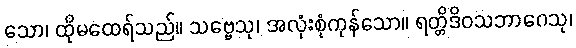
သော၊ ထိုမထေရ်သည်။ သဗ္ဗေသု၊ အလုံးစုံကုန်သော။ ရတ္တိဒိဝသဘာဂေသု၊